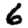
Digit: 6